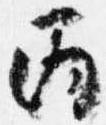
丙